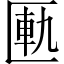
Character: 匭